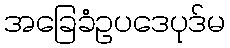
အခြေခံဥပဒေပုဒ်မ